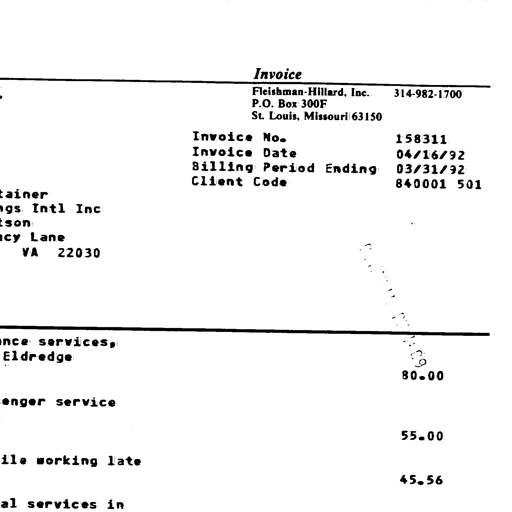
Invoice
Fleishman-Hillard, Inc. 314-982-1700
P.O. Box 300F
St. Louis, Missouri 63150
Invoice No. 158311
Invoice Date 04/16/92
Billing Period Ending 03/31/92
Client Code 840001 501
tainer
gs Intl Inc
tson
acy Lane
VA 22030
000111 1409
ance services,
Eldredge 80.00
enger service
55.00
ile working late
45.56
al services in